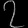
Digit: ၇